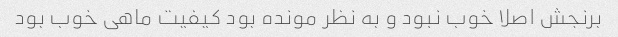
برنجش اصلا خوب نبود و به نظر مونده بود کیفیت ماهی خوب بود